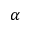
\alpha